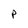
Character: p